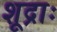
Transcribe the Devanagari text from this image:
शूद्राः